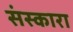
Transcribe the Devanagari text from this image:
संस्कारा